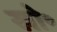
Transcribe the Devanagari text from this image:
खो॰